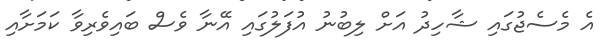
އެ މެސެޖުގައި ޝާހިދު އަށް ލިބުނު އުފަލުގައި އޭނާ ވެސް ބައިވެރިވާ ކަމަށާއި